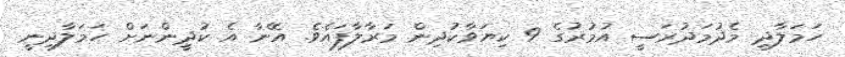
ހަމަލާދީ މެދުމަދުރަސީ އުމުރުގެ 9 ކިޔަވާކުދިން މަރާލާފައެވެ. އޭނާ އެ ކުދީންނަށް ހަމަލާދިނީ